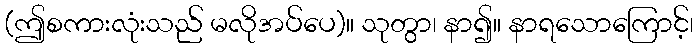
(ဤစကားလုံးသည် မလိုအပ်ပေ)။ သုတွာ၊ နာ၍။ နာရသောကြောင့်၊